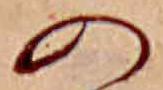
の